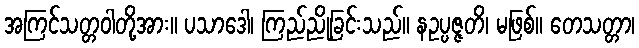
အကြင်သတ္တဝါတို့အား။ ပသာဒေါ၊ ကြည်ညိုခြင်းသည်။ နဥပ္ပဇ္ဇတိ၊ မဖြစ်။ တေသတ္တာ၊